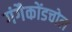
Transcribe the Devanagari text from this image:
गंगैकोंडचोल